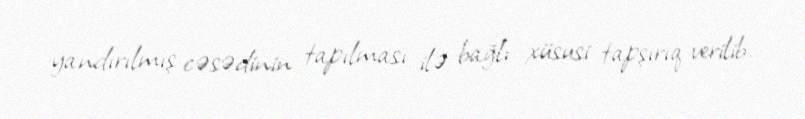
yandırılmış cəsədinin tapılması ilə bağlı xüsusi tapşırıq verilib.